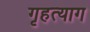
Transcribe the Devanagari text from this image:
गृहत्‍याग